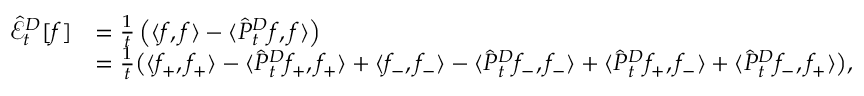
\begin{array} { r l } { \hat { \mathcal { E } } _ { t } ^ { D } [ f ] } & { = \frac { 1 } { t } \left( \langle f , f \rangle - \langle \hat { P } _ { t } ^ { D } f , f \rangle \right) } \\ & { = \frac { 1 } { t } \big ( \langle f _ { + } , f _ { + } \rangle - \langle \hat { P } _ { t } ^ { D } f _ { + } , f _ { + } \rangle + \langle f _ { - } , f _ { - } \rangle - \langle \hat { P } _ { t } ^ { D } f _ { - } , f _ { - } \rangle + \langle \hat { P } _ { t } ^ { D } f _ { + } , f _ { - } \rangle + \langle \hat { P } _ { t } ^ { D } f _ { - } , f _ { + } \rangle \big ) , } \end{array}